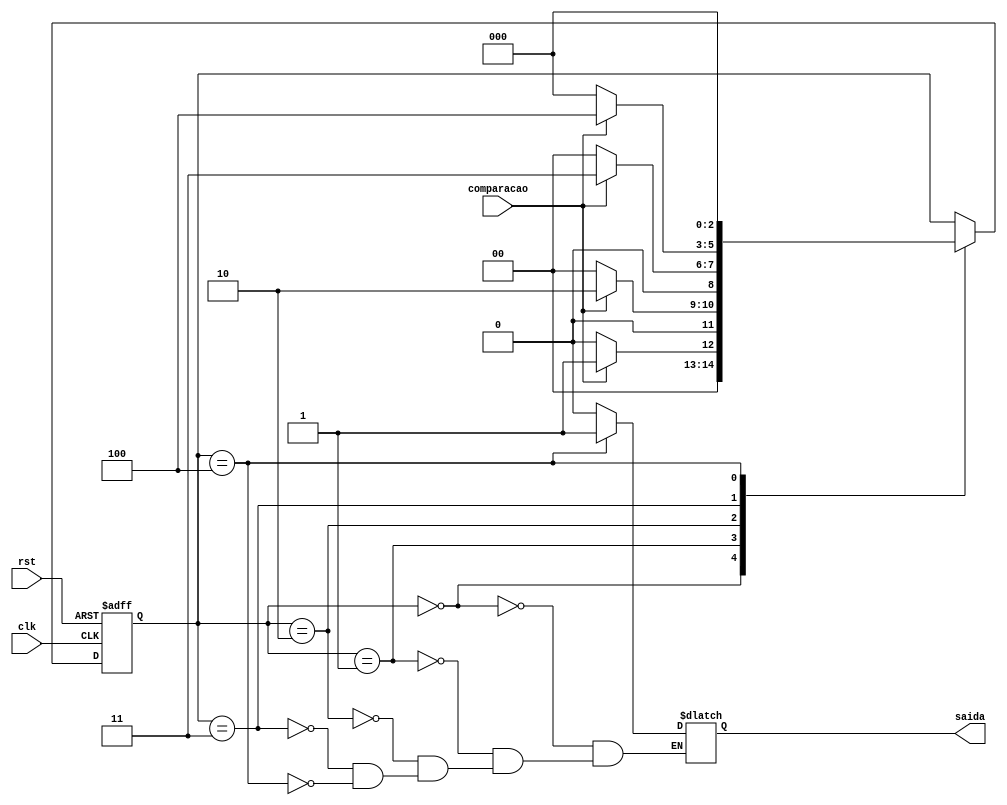
//mauqina que verifica se as 4 comparacoes estao corretas
module maquina_verificadora (clk, rst, saida, comparacao);
    input clk, comparacao, rst;
    output reg saida;

    reg [2:0] state;

    parameter inicio = 3'b000,
              primeira = 3'b001,
              segunda = 3'b010,
              terceira = 3'b011,
              quarta = 3'b100;

    initial begin
        state <= inicio;
        saida = 1'b0;
    end

    always @(posedge clk, posedge rst) begin
        if (rst == 1'b1) state <= inicio;
        else begin
            case(state)
                inicio: begin
                    if (comparacao == 1'b1) state <= primeira;
                    else state <= inicio;
                end
                primeira: begin
                    if (comparacao == 1'b1) state <= segunda;
                    else state <= inicio;
                end
                segunda: begin
                    if (comparacao == 1'b1) state <= terceira;
                    else state <= inicio;
                end
                terceira: begin
                    if (comparacao == 1'b1) state <= quarta;
                    else state <= inicio;
                end
                quarta: begin
                    state <= inicio;
                end
            endcase
        end
    end

    always @(state) begin			
        case(state)
            inicio: saida = 1'b0;
            primeira: saida = 1'b0;
            segunda: saida = 1'b0;
            terceira: saida = 1'b0;
            quarta: saida = 1'b1;
        endcase
    end 
endmodule